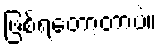
ဖြစ်ရတော့တာပဲ။